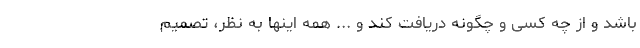
باشد و از چه کسی و چگونه دریافت کند و ... همه اینها به نظر، تصمیم